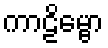
ကာဠိမ္ဗော